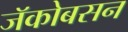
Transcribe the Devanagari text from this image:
जॅकोबसन